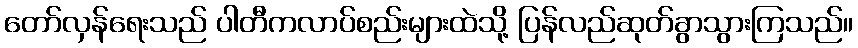
တော်လှန်ရေးသည် ပါတီကလာပ်စည်းများထဲသို့ ပြန်လည်ဆုတ်ခွာသွားကြသည်။